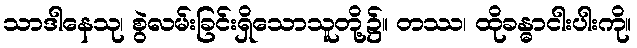
သာဒါနေသု၊ စွဲလမ်းခြင်းရှိသောသူတို့၌။ တဿ၊ ထိုခန္ဓာငါးပါးကို။